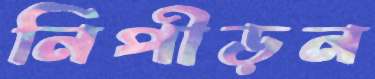
নিপীড়ন